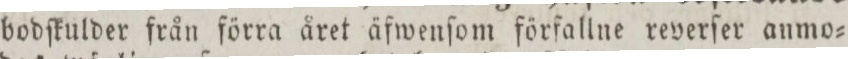
bodſkulder från förra året äfwenſom förfallne reverſer anmo=